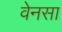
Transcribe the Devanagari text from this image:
वेनसा